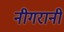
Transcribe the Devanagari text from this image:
नीगरानी